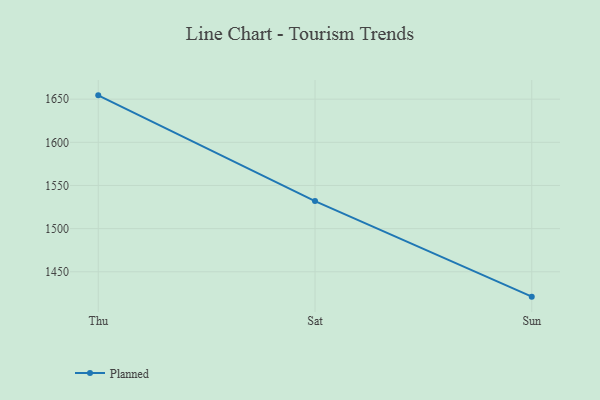
{"axis": {"x": "Day", "y": "Bounce Rate (%)"}, "legend": ["Planned"], "data": [{"x": "Thu", "y": 1654.4, "type": "Planned"}, {"x": "Sat", "y": 1531.9, "type": "Planned"}, {"x": "Sun", "y": 1421.2, "type": "Planned"}]}